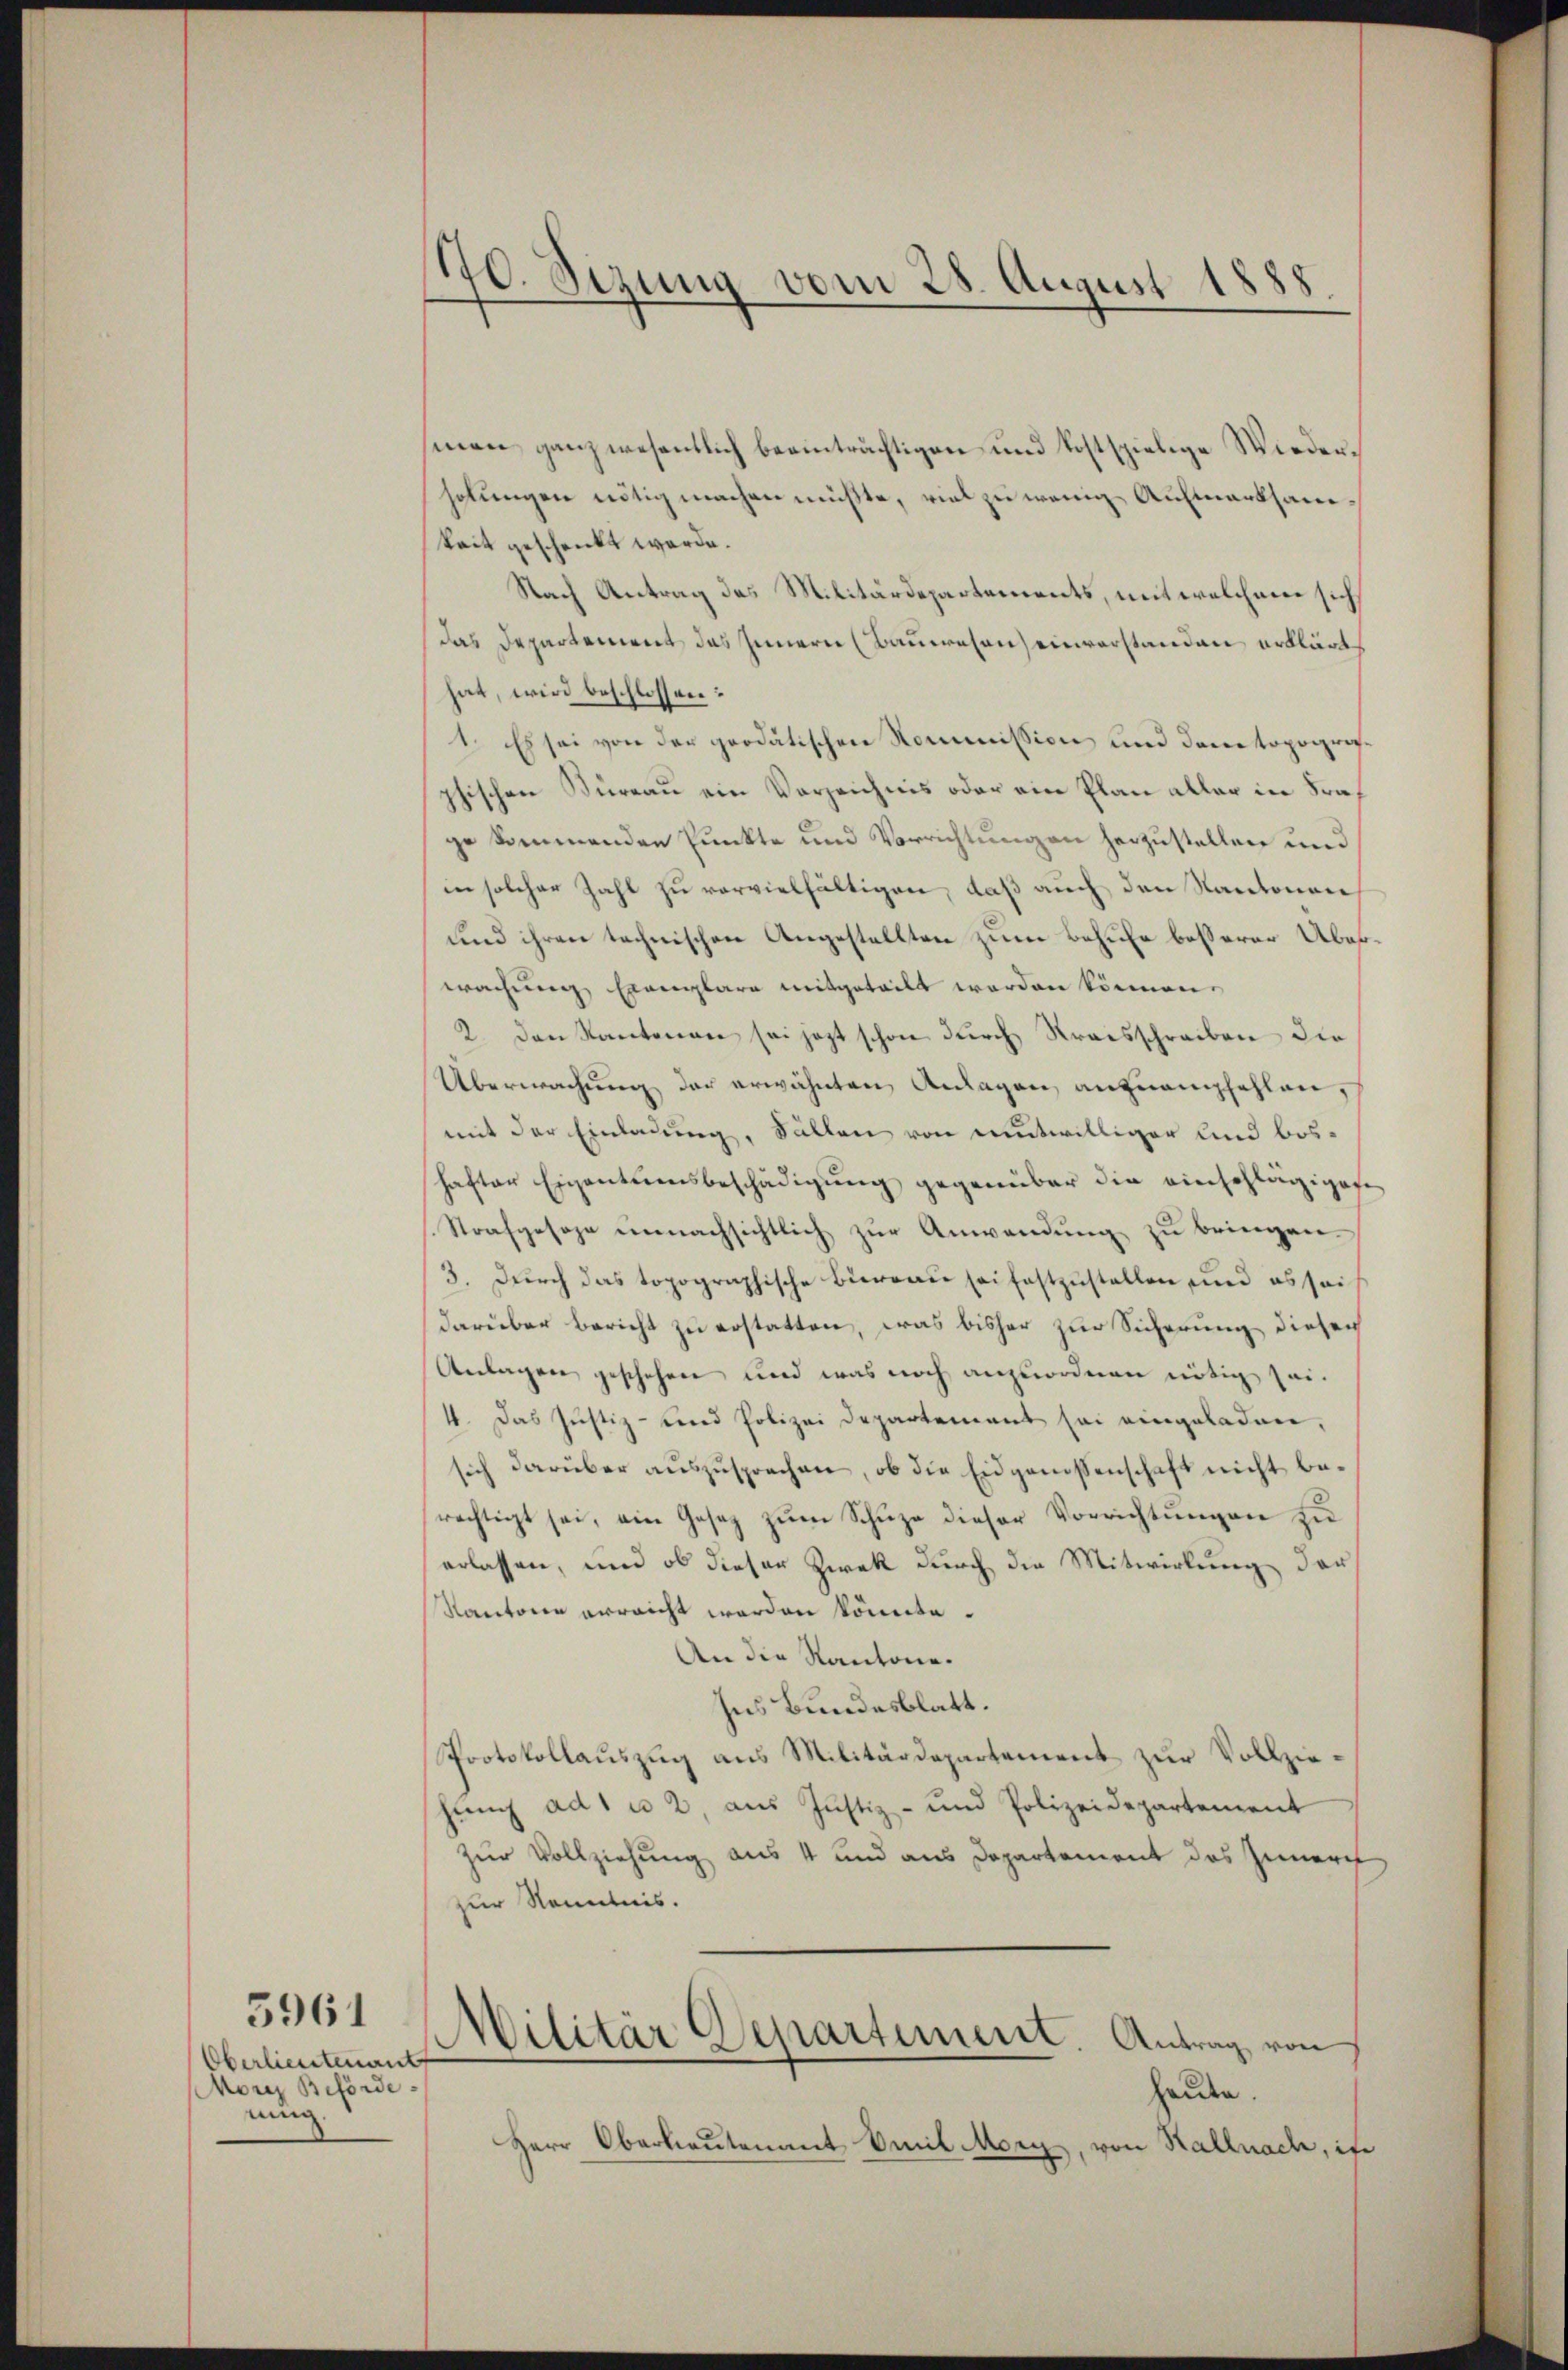
Oberlieutenant
More Befördenung.

5961

1770. Sezung vom 28. August 1888.

man ganz wesentlich beeinträchtigen und kostspielige Wiederholungen nötig machen müßte, viel zu wenig Aufmerksamkeit geschenkt werde.
Nach Antrag des Militärdepartements, mit welchem sich
das Departement das Innern (Baueresen einverstanden erklärt
hat, wird beschlossen:
1. Es sei von der prodätischen Kommission und danetopografphischen Büreau ein Vorzeichnis oder ein Plan aller in Straf
ge kommenden Punkte und Vorrichtungen herzustellen und
in solcher Zahl zu vervielfältigen, daß auch den Kantonen
und ihren technischen Angestellten zum Behufe besserer Abswachung Exemplare mitgeteilt werden können.
2. Den Kantonen sei jezt schon durch Kraisschreiben die
Überwachung der erwähnten Anlagen anzuempfehlen,
mit der Einladung, Fällen von mitwilliger und boshafter Eigentumsbeschädigung gegenüber die einschlägigese
Strafgesehe unnachsichtlich zur Anwendung zu bringen.
3. Durch das topographische Bureau sei festzustellen und es sei
darüber bericht zu erstatten, was bisher zur Sicherung diesen
Anlagen geschehen und was noch anzuordnen nötig sei.
44. Das Justiz- und Polizei Departement sei eingeladen,
sich darüber auszusprechen, ob die Eidgenissenschaft nicht berächtigt sei, ein Gesez zŭm Schŭze dieser Vorrichtŭngen zŭ
erlassen, und ob dieser Zwek durch die Mitwirkung der
Kantone erreicht werden könnte.
An die Kantone.
Ins Bundesblatt.
Protokollauszug aus Militärdepartement zur Vollziehing ad 1 u 2. aŭs Justiz- und Polizeidepartement
zur Vollziehung aus 4 und aus Departement des Innere
zur Kenntnis.
Wilitär Departement. Antrag von
Heute.
Herr Oberleutenant Emil Morg, von Kalnach, is